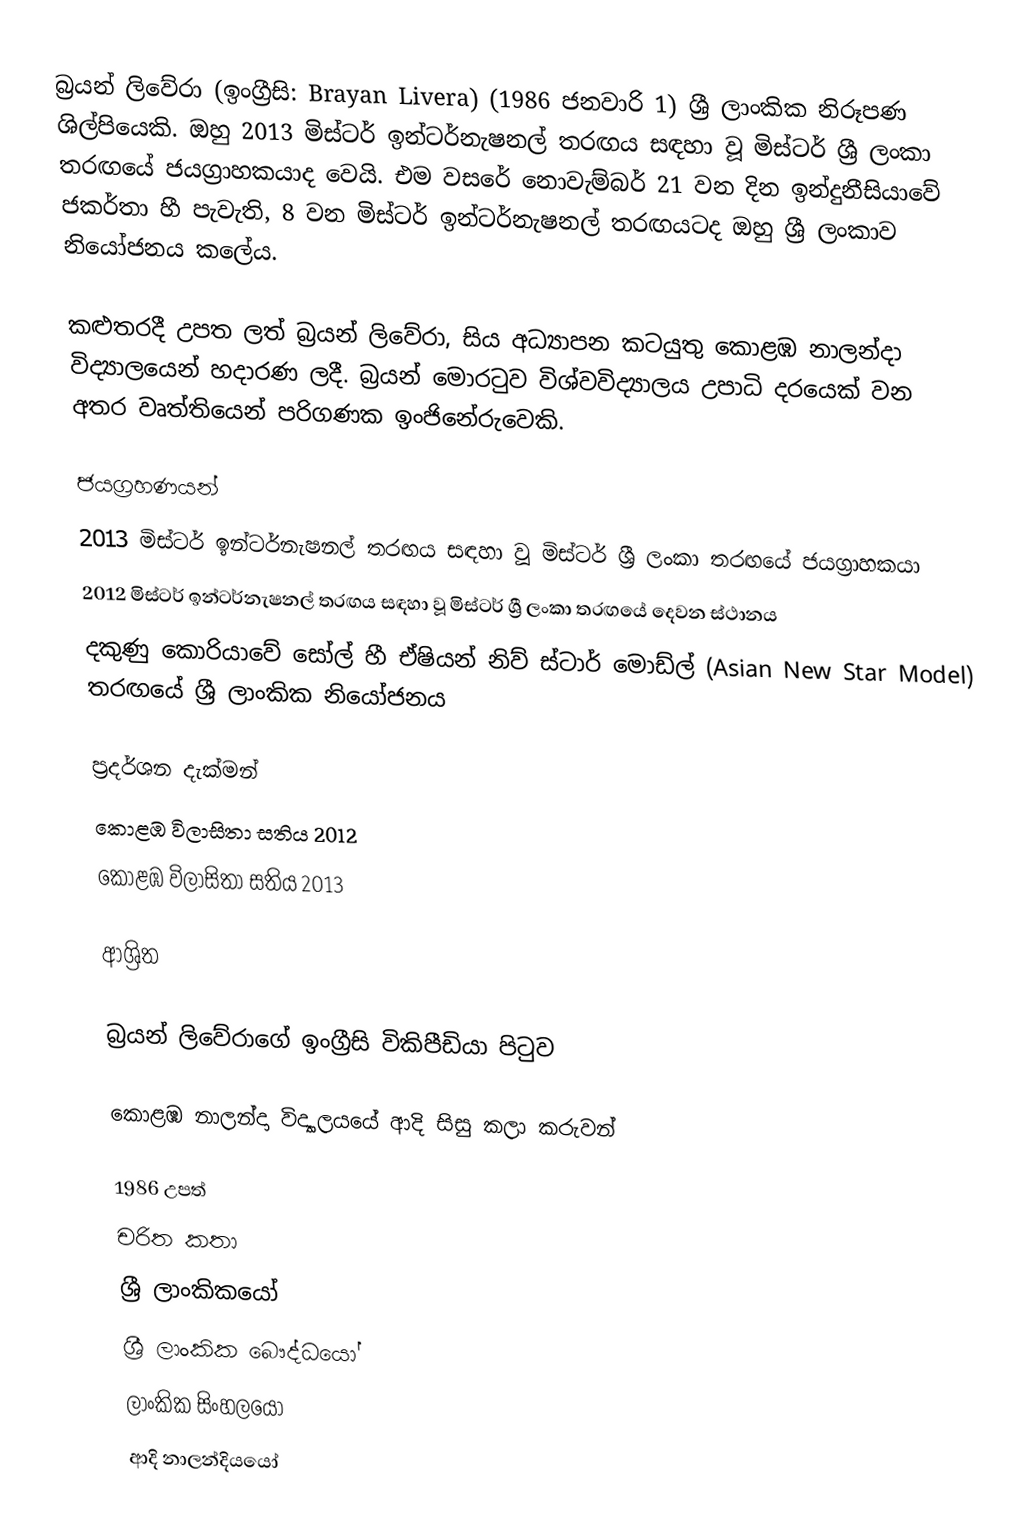
බ්‍රයන් ලිවේරා (ඉංග්‍රීසි: Brayan Livera) (1986 ජනවාරි 1) ශ්‍රී ලාංකික නිරූපණ ශිල්පියෙකි. ඔහු 2013 මිස්ටර් ඉන්ටර්නැෂනල් තරඟය සඳහා වූ මිස්ටර් ශ්‍රී ලංකා තරඟයේ ජයග්‍රාහකයාද වෙයි. එම වසරේ නොවැම්බර් 21 වන දින ඉන්දුනීසියාවේ ජකර්තා හී පැවැති, 8 වන මිස්ටර් ඉන්ටර්නැෂනල් තරඟයටද ඔහු ශ්‍රී ලංකාව නියෝජනය කලේය.

කළුතරදී උපත ලත් බ්‍රයන් ලිවේරා, සිය අධ්‍යාපන කටයුතු කොළඹ නාලන්දා විද්‍යාලයෙන් හදාරණ ලදී. බ්‍රයන් මොරටුව විශ්වවිද්‍යාලය උපාධි දරයෙක් වන අතර වෘත්තියෙන් පරිගණක ඉංජිනේරුවෙකි.

ජයග්‍රහණයන්
 2013 මිස්ටර් ඉන්ටර්නැෂනල් තරඟය සඳහා වූ මිස්ටර් ශ්‍රී ලංකා තරඟයේ ජයග්‍රාහකයා
 2012 මිස්ටර් ඉන්ටර්නැෂනල් තරඟය සඳහා වූ මිස්ටර් ශ්‍රී ලංකා තරඟයේ දෙවන ස්ථානය
 දකුණු කොරියාවේ සෝල් හී ඒෂියන් නිව් ස්ටාර් මොඩ්ල් (Asian New Star Model) තරඟයේ ශ්‍රී ලාංකික නියෝජනය

ප්‍රදර්ශන දැක්මන්
 කොළඹ විලාසිතා සතිය 2012
 කොළඹ විලාසිතා සතිය 2013

ආශ්‍රිත

 බ්‍රයන් ලිවේරාගේ ඉංග්‍රීසි විකිපීඩියා පිටුව

 කොළඹ නාලන්දා විද්‍යාලයයේ ආදි සිසු කලා කරුවන්

1986 උපත්
චරිත කතා
ශ්‍රී ලාංකිකයෝ
ශ්‍රී ලාංකික බෞද්ධයෝ
ලාංකික සිංහලයෝ
ආදි නාලන්දියයෝ